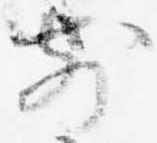
前